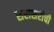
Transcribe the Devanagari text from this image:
सरासरीची